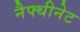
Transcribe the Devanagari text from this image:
नैफ्थीनेट